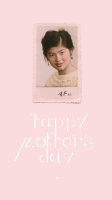
喃喃教言语，一一刷毛衣。